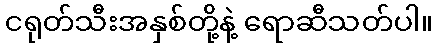
ငရုတ်သီးအနှစ်တို့နဲ့ ရောဆီသတ်ပါ။